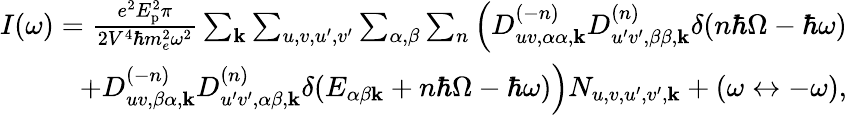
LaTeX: \begin{array}{r}{I(\omega)=\frac{e^{2}E_{\textrm{p}}^{2}\pi}{2V^{4}\hbar m_{e}^{2}\omega^{2}}\sum_{\mathbf{k}}\sum_{u,v,u^{\prime},v^{\prime}}\sum_{\alpha,\beta}\sum_{n}\left(D_{uv,\alpha\alpha,\mathbf{k}}^{(-n)}D_{u^{\prime}v^{\prime},\beta\beta,\mathbf{k}}^{(n)}\delta(n\hbar\Omega-\hbar\omega)\right.}\\ {\left.+D_{uv,\beta\alpha,\mathbf{k}}^{(-n)}D_{u^{\prime}v^{\prime},\alpha\beta,\mathbf{k}}^{(n)}\delta(E_{\alpha\beta\mathbf{k}}+n\hbar\Omega-\hbar\omega)\right)N_{u,v,u^{\prime},v^{\prime},\mathbf{k}}+(\omega\leftrightarrow-\omega),}\end{array}